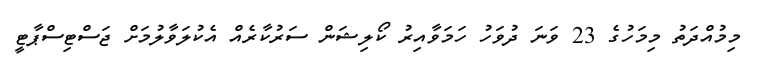
މިމުއްދަތު މިމަހުގެ 23 ވަނަ ދުވަހު ހަމަވާއިރު ކޯލިޝަން ސަރުކާރެއް އެކުލަވާލުމަށް ޖަސްޓިސްޕާޓީ